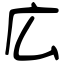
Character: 広